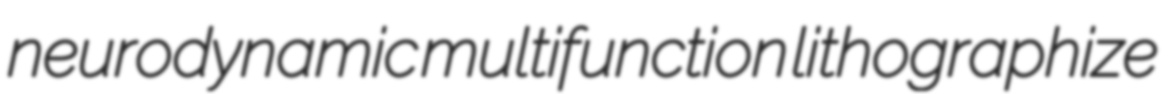
neurodynamic multifunction lithographize